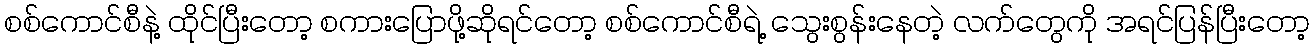
စစ်ကောင်စီနဲ့ ထိုင်ပြီးတော့ စကားပြောဖို့ဆိုရင်တော့ စစ်ကောင်စီရဲ့ သွေးစွန်းနေတဲ့ လက်တွေကို အရင်ပြန်ပြီးတော့